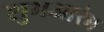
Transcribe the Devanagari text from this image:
शुभआरंभ